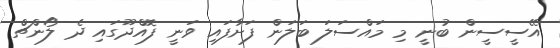
އޭސީސީން ބުނީ މި މައްސަލަ ބަލަން ފަށާފައި ވަނީ ފޮއްދޫގައި ދެ ލޯންޗް